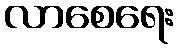
လာစေရေး